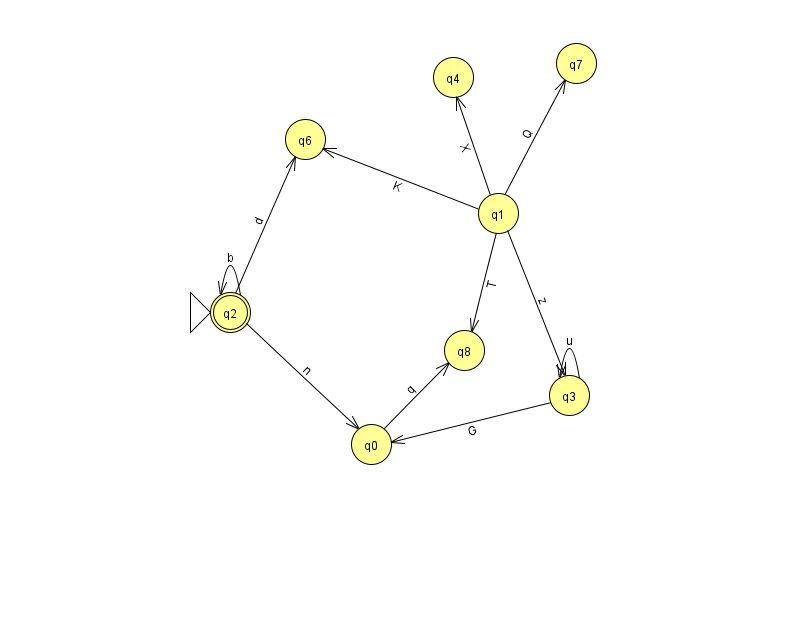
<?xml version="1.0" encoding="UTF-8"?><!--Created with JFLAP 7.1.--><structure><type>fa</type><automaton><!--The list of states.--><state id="0" name="q0"><x>371.0</x><y>431.0</y></state><state id="1" name="q1"><x>498.0</x><y>200.0</y></state><state id="2" name="q2"><x>230.0</x><y>299.0</y><initial/><final/></state><state id="3" name="q3"><x>569.0</x><y>382.0</y></state><state id="4" name="q4"><x>453.0</x><y>64.0</y></state><state id="6" name="q6"><x>305.0</x><y>126.0</y></state><state id="7" name="q7"><x>576.0</x><y>50.0</y></state><state id="8" name="q8"><x>464.0</x><y>337.0</y></state><!--The list of transitions.--><transition><from>1</from><to>4</to><read>X</read></transition><transition><from>3</from><to>0</to><read>G</read></transition><transition><from>1</from><to>7</to><read>Q</read></transition><transition><from>2</from><to>2</to><read>b</read></transition><transition><from>2</from><to>0</to><read>n</read></transition><transition><from>3</from><to>3</to><read>u</read></transition><transition><from>2</from><to>6</to><read>d</read></transition><transition><from>0</from><to>8</to><read>q</read></transition><transition><from>1</from><to>6</to><read>K</read></transition><transition><from>1</from><to>3</to><read>z</read></transition><transition><from>1</from><to>8</to><read>T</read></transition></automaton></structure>